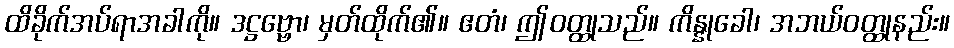
ထိခိုက်အပ်ရာအခါကို။ ဒဋ္ဌဗ္ဗော၊ မှတ်ထိုက်၏။ ဧတံ၊ ဤဝတ္ထုသည်။ ကိန္နုခေါ၊ အဘယ်ဝတ္ထုနည်း။